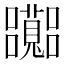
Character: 𡅽